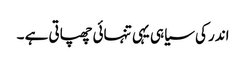
اندر کی سیاہی یہی تنہائی چھپاتی ہے ۔